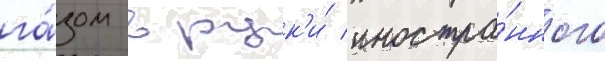
га́зом в рук'и́ иностра́нного